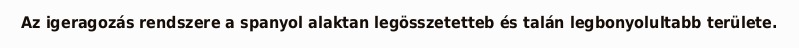
Az igeragozás rendszere a spanyol alaktan legösszetetteb és talán legbonyolultabb területe.